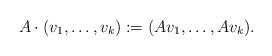
LaTeX: \begin{align*}A \cdot(v_{1}, \dots, v_{k}) := (Av_{1}, \dots, Av_{k}).\end{align*}